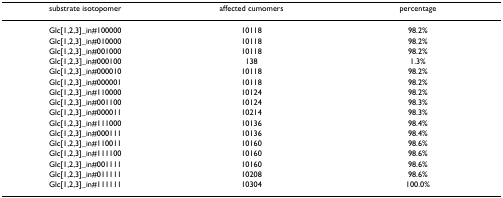
<table><thead><tr><td><b>substrate isotopomer</b></td><td><b>affected cumomers</b></td><td><b>percentage</b></td></tr></thead><tbody><tr><td>Glc[1,2,3]_in#100000</td><td>10118</td><td>98.2%</td></tr><tr><td>Glc[1,2,3]_in#010000</td><td>10118</td><td>98.2%</td></tr><tr><td>Glc[1,2,3]_in#001000</td><td>10118</td><td>98.2%</td></tr><tr><td>Glc[1,2,3]_in#000100</td><td>138</td><td>1.3%</td></tr><tr><td>Glc[1,2,3]_in#000010</td><td>10118</td><td>98.2%</td></tr><tr><td>Glc[1,2,3]_in#000001</td><td>10118</td><td>98.2%</td></tr><tr><td>Glc[1,2,3]_in#110000</td><td>10124</td><td>98.2%</td></tr><tr><td>Glc[1,2,3]_in#001100</td><td>10124</td><td>98.3%</td></tr><tr><td>Glc[1,2,3]_in#000011</td><td>10214</td><td>98.3%</td></tr><tr><td>Glc[1,2,3]_in#111000</td><td>10136</td><td>98.4%</td></tr><tr><td>Glc[1,2,3]_in#000111</td><td>10136</td><td>98.4%</td></tr><tr><td>Glc[1,2,3]_in#110011</td><td>10160</td><td>98.6%</td></tr><tr><td>Glc[1,2,3]_in#111100</td><td>10160</td><td>98.6%</td></tr><tr><td>Glc[1,2,3]_in#001111</td><td>10160</td><td>98.6%</td></tr><tr><td>Glc[1,2,3]_in#011111</td><td>10208</td><td>98.6%</td></tr><tr><td>Glc[1,2,3]_in#111111</td><td>10304</td><td>100.0%</td></tr></tbody></table>